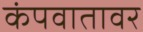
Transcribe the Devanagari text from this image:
कंपवातावर